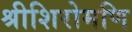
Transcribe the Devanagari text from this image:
श्रीशिरोमणि